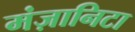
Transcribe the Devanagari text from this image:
मंज़ानिटा